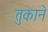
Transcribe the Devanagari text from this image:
तुकाने